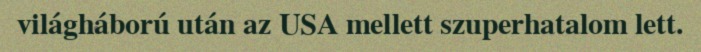
világháború után az USA mellett szuperhatalom lett.